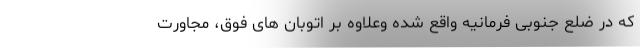
که در ضلع جنوبی فرمانیه واقع شده وعلاوه بر اتوبان های فوق، مجاورت